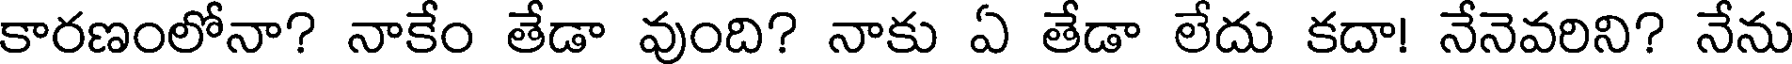
కారణంలోనా? నాకేం తేడా వుంది? నాకు ఏ తేడా లేదు కదా! నేనెవరిని? నేను